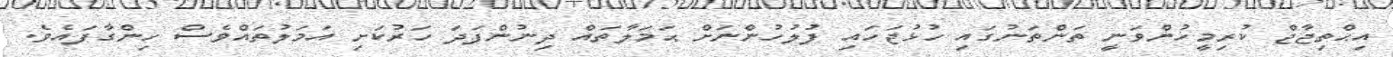
އިޙްތިޖާޖް ކުރިމީހުންވަނީ ތަންތަނުގައި ހުޅުޖަހައި ފުލުހުންނަށް ޙަމަލާތައް ދިނުންފަދަ ހަރުކަށި އަމަލުތައްވެސް ހިންގާފައެވެ.